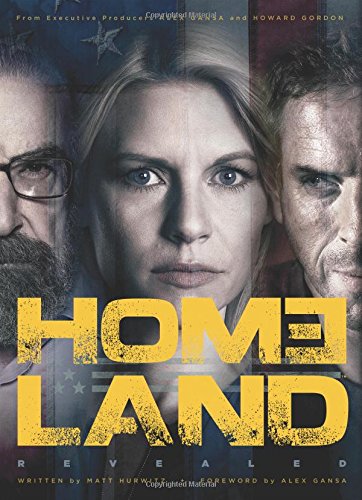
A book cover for Homeland Revealed; Matt Hurwitz; Humor & Entertainment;